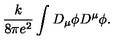
\frac { k } { 8 \pi e ^ { 2 } } \int D _ { \mu } \phi D ^ { \mu } \phi .